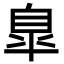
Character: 臯